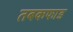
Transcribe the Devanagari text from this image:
तबकफाड